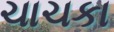
ચાચકા